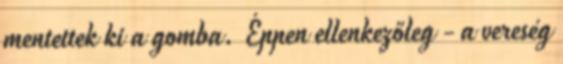
mentettek ki a gomba. Éppen ellenkezőleg - a vereség